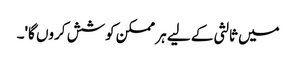
میں ثالثی کے لیے ہر ممکن کوشش کروں گا'۔